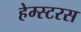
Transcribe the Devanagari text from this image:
हेम्स्टरस